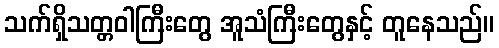
သက်ရှိသတ္တဝါကြီးတွေ အူသံကြီးတွေနှင့် တူနေသည်။